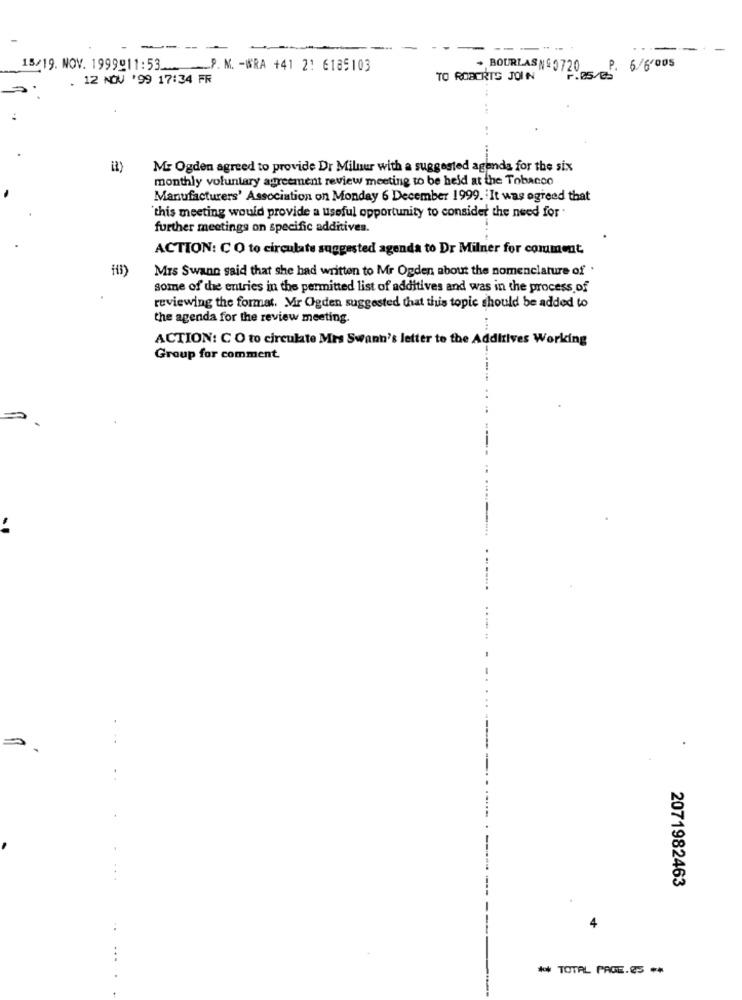
- -- --
-
-
-----
15/19. NOV. 1999911:53_ _ P. M. - WRA +41 21 6185103
+ BOURLASNG0720
P. 6/6'005
. 12 NOV '99 17:34 FR
TO ROBERTS JOIN
F.05/Ea
Mr Ogden agreed to provide Dr Miluur with a suggested agenda for the six
monthly voluntary agreement review meeting to be held at the Tobacco
Manufacturers' Association on Monday 6 December 1999. It was agreed that
'this meeting would provide a useful opportunity to consider the need for "
further meetings on specific additives.
ACTION: C O to circulate suggested agenda to Dr Milner for comment
Mrs Swann said that she had written to Mr Ogden about the nomenclature of .
some of the entries in the permitted list of additives and was in the process of
reviewing the format. Mir Ogden suggested that this topic should be added to
the agenda for the review meeting.
ACTION: C O to circulate Mrs Swann's letter to the Additives Working
Group for comment
...
2071982463
4
** TOTAL PAGE.5 **